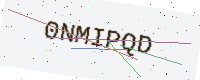
Text: 0NMIPQD